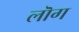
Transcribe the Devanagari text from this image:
लॊग